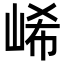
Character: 㟓